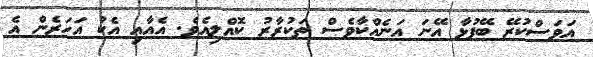
އަވަސްކުރޭ ބޭފުޅާ އޭނަ އަނެއްކާވެސް ތަކުރާރު ކޮއްލިއެވެ. އެއާއި އެކު އަހަރެން އެ